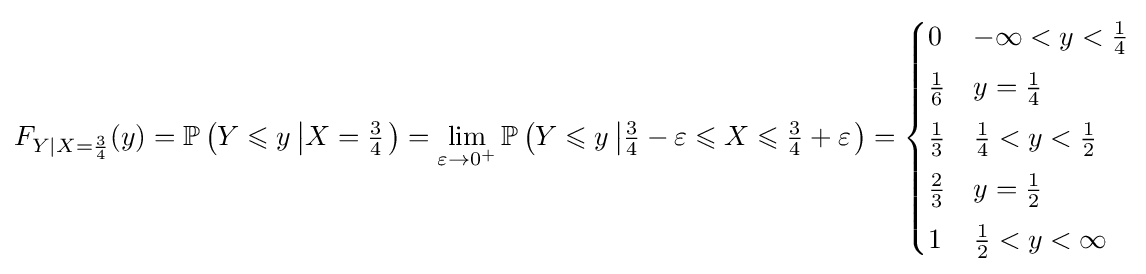
F_{Y|X={\frac {3}{4}}}(y)=\mathbb {P} \left(Y\leqslant y\left|X={\tfrac {3}{4}}\right.\right)=\lim _{\varepsilon \to 0^{+}}\mathbb {P} \left(Y\leqslant y\left|{\tfrac {3}{4}}-\varepsilon \leqslant X\leqslant {\tfrac {3}{4}}+\varepsilon \right.\right)={\begin{cases}0&-\infty <y<{\tfrac {1}{4}}\\[4pt]{\tfrac {1}{6}}&y={\tfrac {1}{4}}\\[4pt]{\tfrac {1}{3}}&{\tfrac {1}{4}}<y<{\tfrac {1}{2}}\\[4pt]{\tfrac {2}{3}}&y={\tfrac {1}{2}}\\[4pt]1&{\tfrac {1}{2}}<y<\infty \end{cases}}